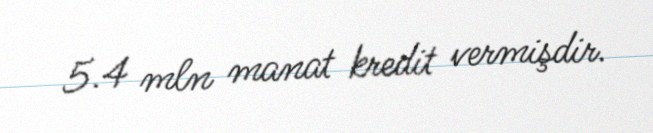
5.4 mln manat kredit vermişdir.